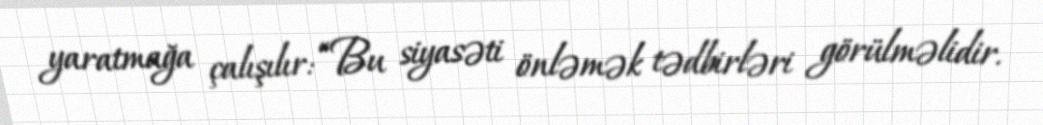
yaratmağa çalışılır: “Bu siyasəti önləmək tədbirləri görülməlidir.